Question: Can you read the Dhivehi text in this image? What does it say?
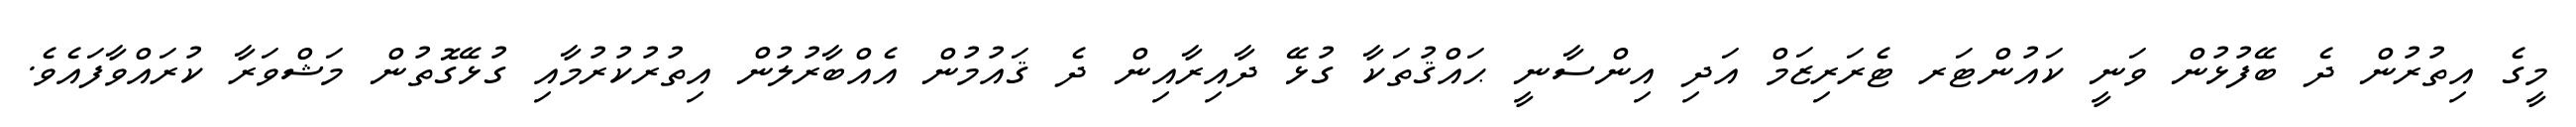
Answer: މީގެ އިތުރުން ދެ ބޭފުޅުން ވަނީ ކައުންޓަރ ޓެރަރިޒަމް އަދި އިންސާނީ ޙައްޤުތަކާ ގުޅޭ ދާއިރާއިން ދެ ޤައުމުން އެއްބާރުލުން އިތުރުކުރުމާއި ގުޅޭގޮތުން މަޝްވަރާ ކުރައްވާފައެވެ.